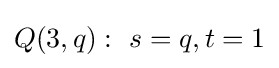
Q(3,q):\ s=q,t=1